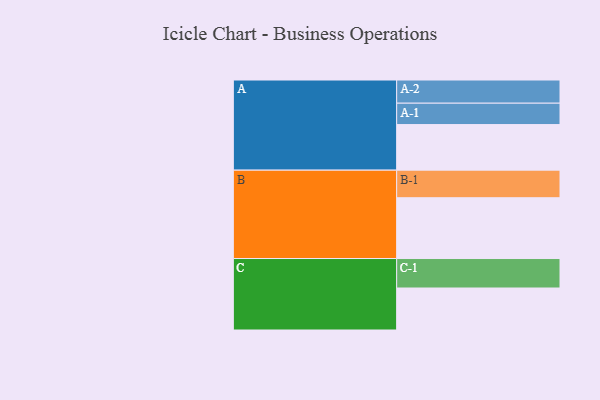
{"axis": {"x": "Segment", "y": "Value"}, "legend": ["", "A", "B", "C"], "data": [{"x": "A", "y": 354, "type": ""}, {"x": "B", "y": 472, "type": ""}, {"x": "C", "y": 326, "type": ""}, {"x": "A-1", "y": 166, "type": "A"}, {"x": "A-2", "y": 180, "type": "A"}, {"x": "B-1", "y": 214, "type": "B"}, {"x": "C-1", "y": 229, "type": "C"}]}